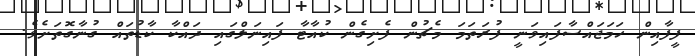
ފީފާއިން ހަމަޖައްސާފައިވަނީ ފުރަތަމަ މެޗުން ފެށިގެން ކުއާޓާ ފައިނަލްގައި ދައްކާ ކާޑުތައް ގުނާގޮތަށެވެ.